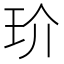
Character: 玠